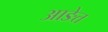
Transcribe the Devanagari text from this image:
आङेत